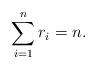
LaTeX: \begin{align*} \sum \limits _{i=1}^{n} r_i=n.\end{align*}